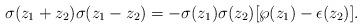
LaTeX: \begin{align*}\sigma (z_1+z_2)\sigma (z_1-z_2) =-\sigma(z_1)\sigma(z_2)[\wp(z_1)-\epsilon(z_2)].\end{align*}